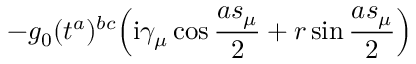
- g _ { 0 } ( t ^ { a } ) ^ { b c } \Big ( \mathrm { i } \gamma _ { \mu } \cos \frac { a s _ { \mu } } { 2 } + r \sin \frac { a s _ { \mu } } { 2 } \Big )